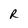
Character: R